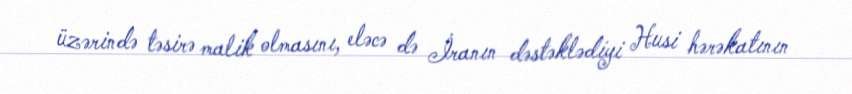
üzərində təsirə malik olmasını, eləcə də İranın dəstəklədiyi Husi hərəkatının